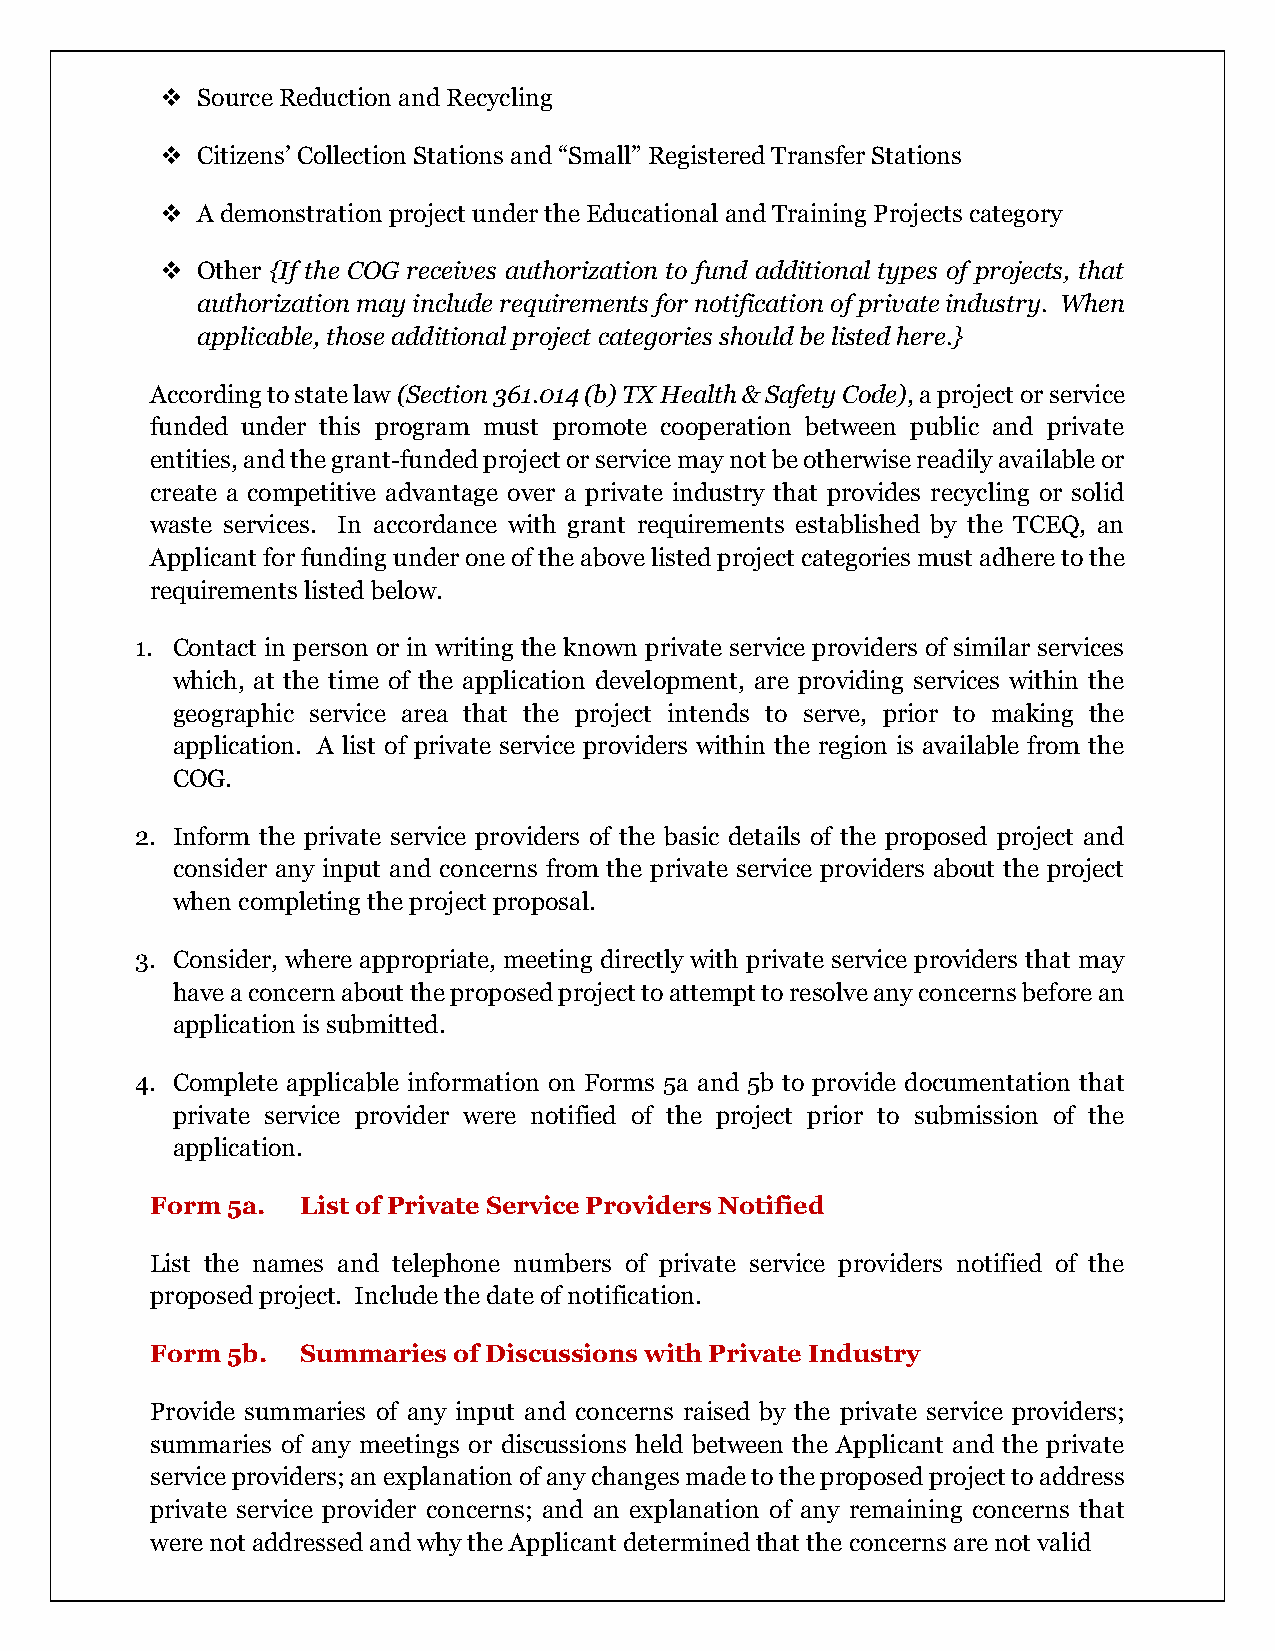
❖ Source Reduction and Recycling
 ❖ Citizens’ Collection Stations and “Small” Registered Transfer Stations
 ❖ A demonstration project under the Educational and Training Projects category
 ❖ Other {If the COG receives authorization to fund additional types of projects, that
 authorization may include requirements for notification of private industry. When
 applicable, those additional project categories should be listed here.}
 According to state law (Section 361.014 (b) TX Health & Safety Code), a project or service
 funded under this program must promote cooperation between public and private
 entities, and the grant-funded project or service may not be otherwise readily available or
 create a competitive advantage over a private industry that provides recycling or solid
 waste services. In accordance with grant requirements established by the TCEQ, an
 Applicant for funding under one of the above listed project categories must adhere to the
 requirements listed below.
 1. Contact in person or in writing the known private service providers of similar services
 which, at the time of the application development, are providing services within the
 geographic service area that the project intends to serve, prior to making the
 application. A list of private service providers within the region is available from the
 COG.
 2. Inform the private service providers of the basic details of the proposed project and
 consider any input and concerns from the private service providers about the project
 when completing the project proposal.
 3. Consider, where appropriate, meeting directly with private service providers that may
 have a concern about the proposed project to attempt to resolve any concerns before an
 application is submitted.
 4. Complete applicable information on Forms 5a and 5b to provide documentation that
 private service provider were notified of the project prior to submission of the
 application.
 Form 5a.  List of Private Service Providers Notified
 List the names and telephone numbers of private service providers notified of the
 proposed project. Include the date of notification.
 Form 5b.  Summaries of Discussions with Private Industry
 Provide summaries of any input and concerns raised by the private service providers;
 summaries of any meetings or discussions held between the Applicant and the private
 service providers; an explanation of any changes made to the proposed project to address
 private service provider concerns; and an explanation of any remaining concerns that
 were not addressed and why the Applicant determined that the concerns are not valid